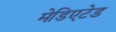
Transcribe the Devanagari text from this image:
मेडिएटेड